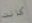
كانت